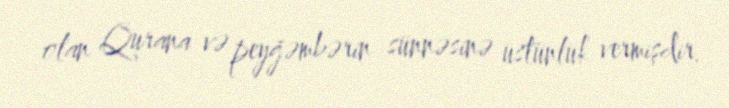
olan Qurana və peyğəmbərin sünnəsinə üstünlük vermişdir.